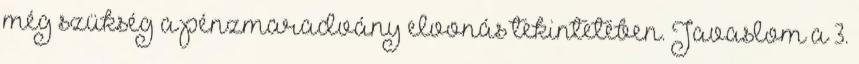
még szükség a pénzmaradvány elvonás tekintetében. Javaslom a 3.